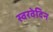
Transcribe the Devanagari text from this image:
स्वरवेदिन